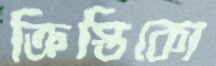
ক্রিস্তিকো